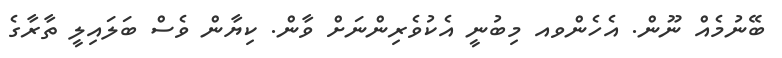
ބޭނުމެއް ނޫން. އެހެންވއ މިބުނީ އެކުވެރިންނަށް ވާން. ކިޔާން ވެސް ބަލައިލީ ތާރާގެ